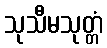
သုသီမသုတ္တံ